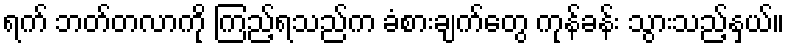
ရက် ဘတ်တလာကို ကြည့်ရသည်က ခံစားချက်တွေ ကုန်ခန်း သွားသည့်နှယ်။